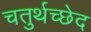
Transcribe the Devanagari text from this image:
चतुर्थच्छेद